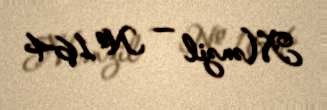
Mənzil — № 164